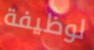
لوظيفة